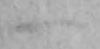
一